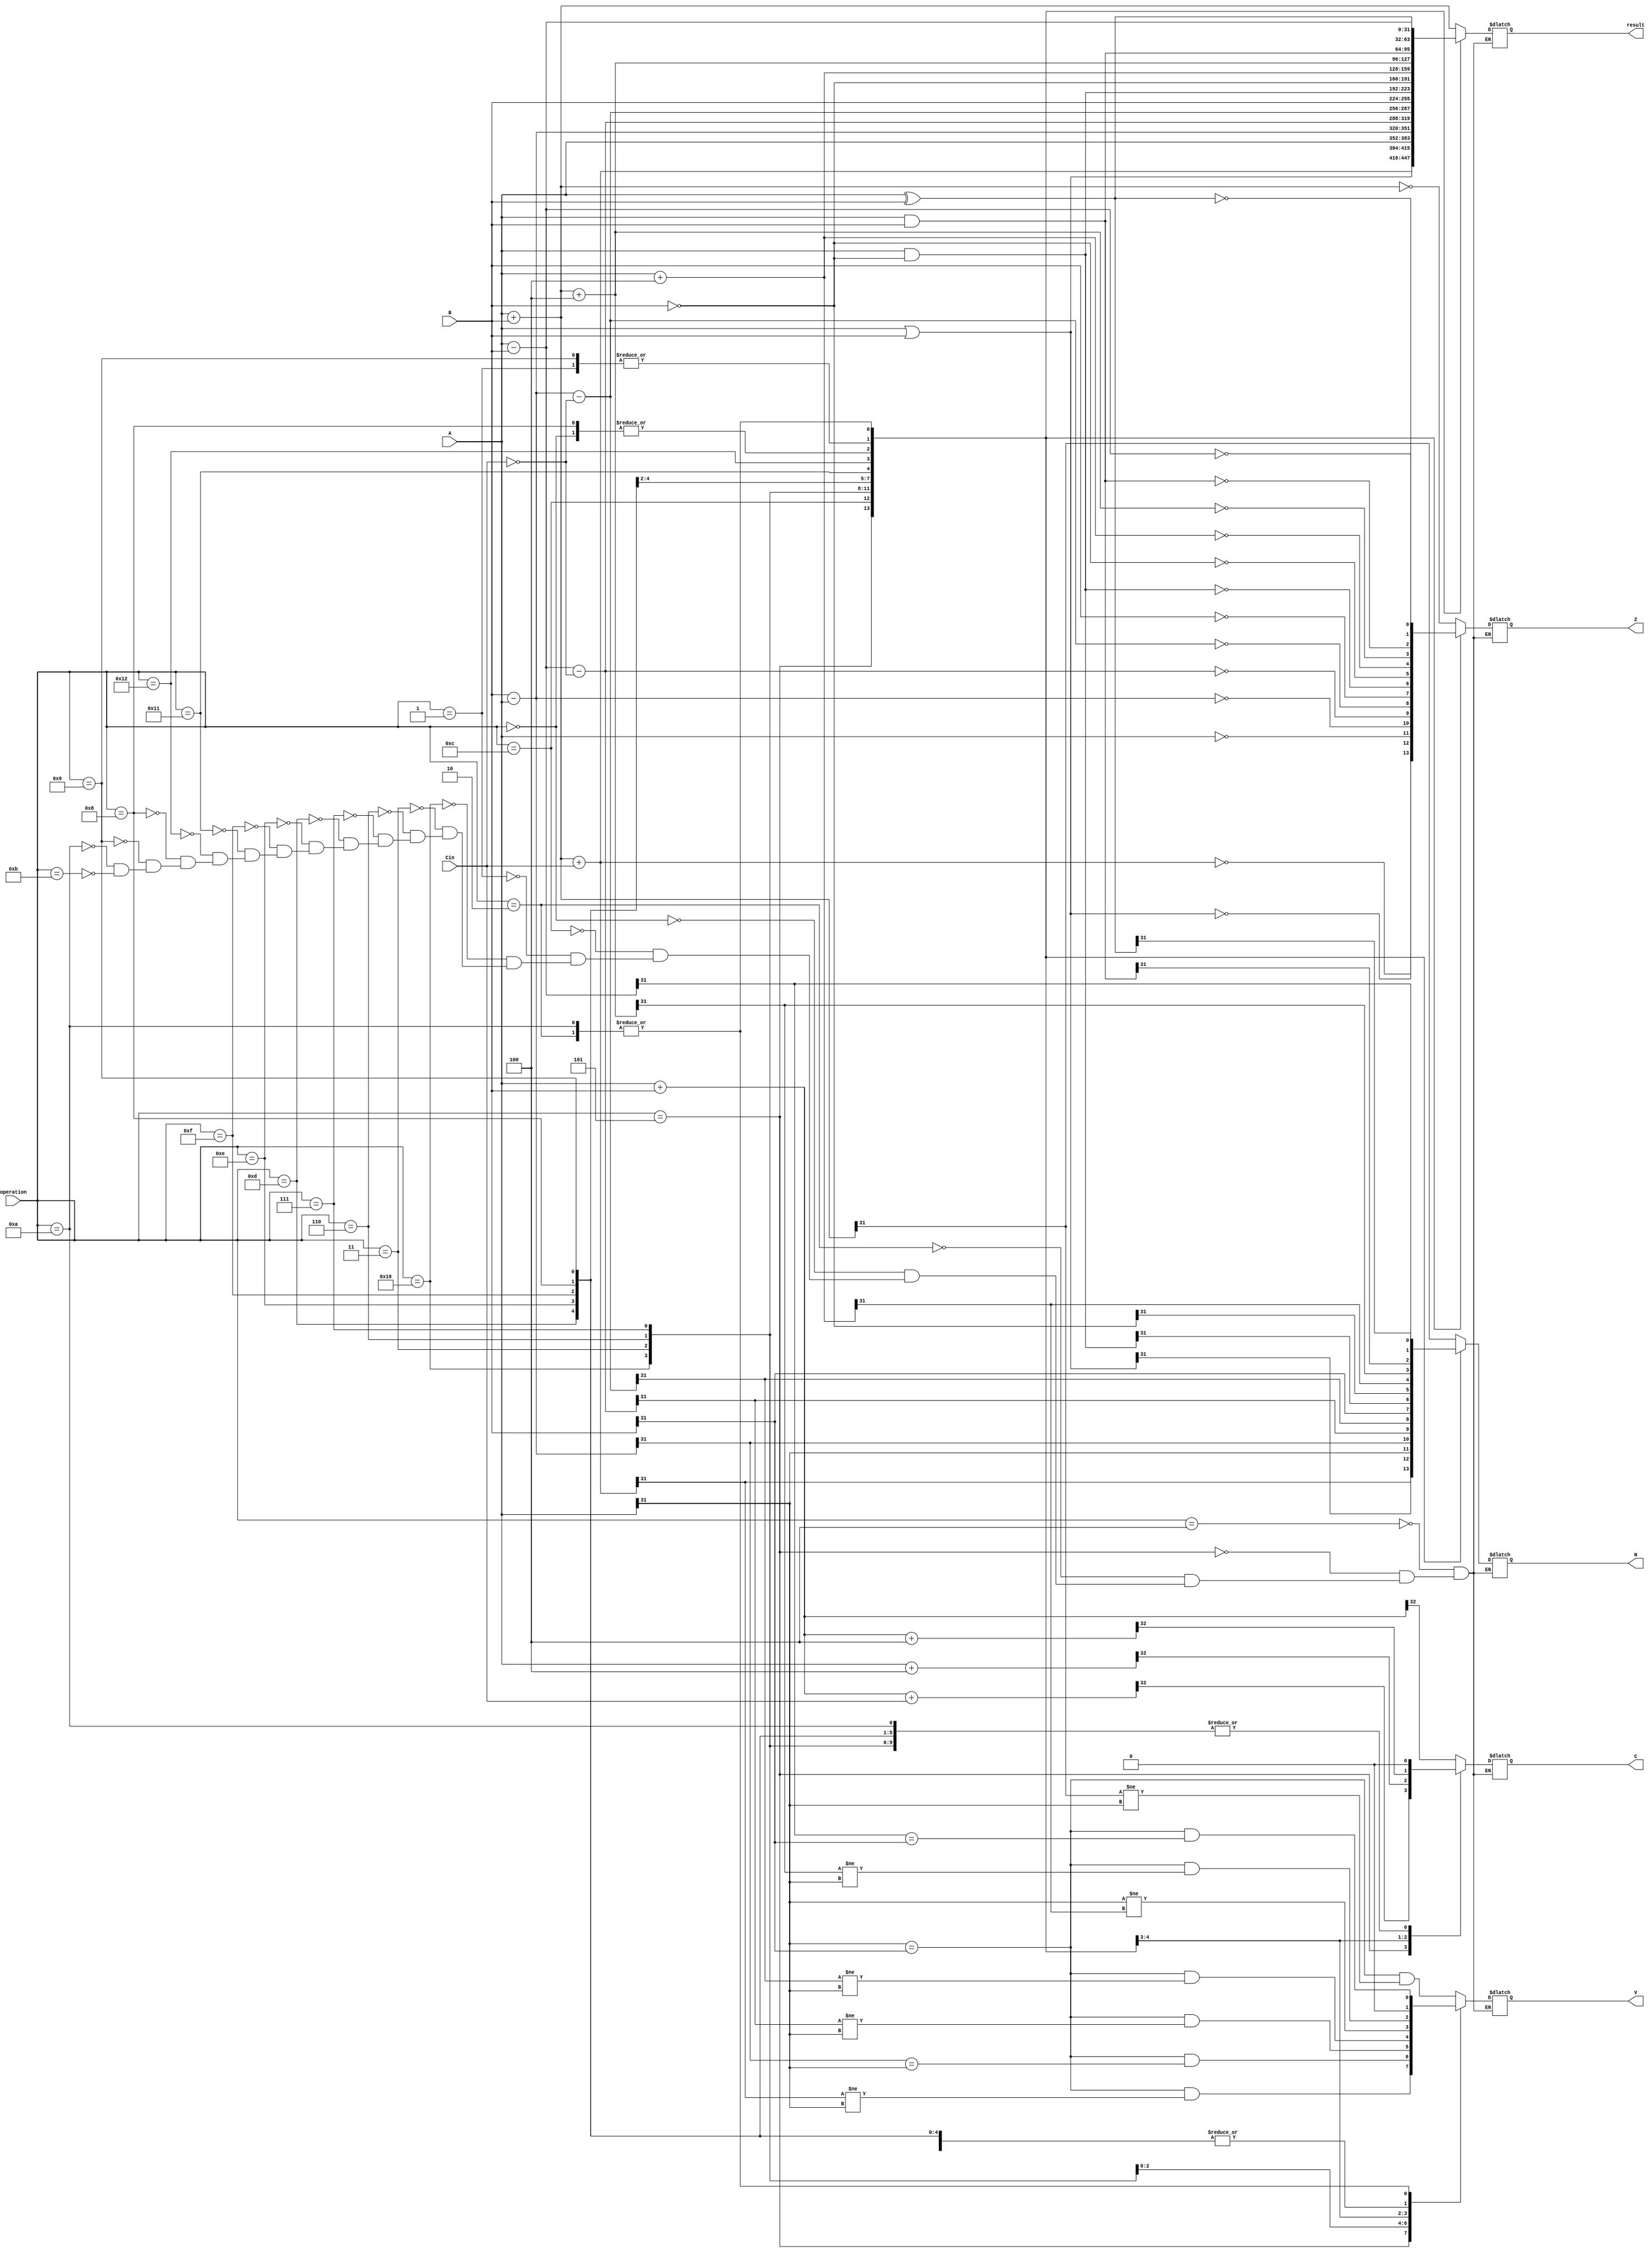
/* 	
	ICOM4215 S20 PROJECT
	ALU Implementation
	
	Group:
		Dionel Martnez, dionel.martinez@upr.edu (Author)
		Milton E. Pagn, milton.pagan1@upr.edu
*/

module alu(	input [31:0] A,B,				// 32-bit Inputs
			input Cin,						// Carry-In
			input [4:0] operation,			// 16 distinc operations
			output reg [31:0] result,		// 32-bit Output
			output reg C,N,V,Z);			// Condition Codes

	// Initialization
	reg [32:0] temp;
	initial begin C=1'b0; N=1'b0; V=1'b0; Z=1'b0; end

	/* 
	The distinct operations are specified below.
	Operations that involve only one operand, A is selected default.
	*/
	parameter [4:0] 
					AND 		= 5'b00000,		
					XOR 		= 5'b00001,		
					SUB 		= 5'b00010,		
					ISUB 		= 5'b00011,		
					ADD 		= 5'b00100,				
					ADDC 		= 5'b00101,		
					SUBNC 		= 5'b00110,	
					ISUBNC 		= 5'b00111,
					TST			= 5'b01000,
					TEQ			= 5'b01001,
					CMP			= 5'b01010,
					CMN			= 5'b01011,
					ORR			= 5'b01100,
					PASS_B 		= 5'b01101,
					BIC			= 5'b01110,
					NOTB 		= 5'b01111,	
					PASS_A 		= 5'b10000,			
					AP4 		= 5'b10001,			
					MSUM4 		= 5'b10010;			
				
	always @ (A,B,Cin,operation)
	begin
		case(operation)
			ADD:
			begin
				result = A + B;
				temp = {1'b0, A} + {1'b0, B};
				C = temp[32];
				V = A[31] == B[31] && result[31] != A[31];
				Z = result == 32'b0;
				N = result[31] == 1'b1;
			end
		
			ADDC:
			begin
				result = A + B + {31'b0,Cin};
				temp = {1'b0, A} + {1'b0, B} + {32'b0, Cin};
				C = temp[32];
				V = A[31] == B[31] && result[31] != A[31];
				Z = result == 32'b0;
				N = result[31] == 1'b1;
			end
			
			SUB:
			begin
				result = A - B;
				temp = {1'b0, A} - {1'b0, B};
				V = A[31] == B[31] && result[31] == B[31];
				Z = result == 32'b0;
				N = result[31] == 1'b1;
				C = 1'b0;
			end
			
			AND:
			begin
				result = A & B;
				Z = result == 32'b0;
				N = result[31] == 1'b1;
				C = 1'b0;
				V = 1'b0;
			end
			
			ORR:
			begin
				result = A | B;
				Z = result == 32'b0;
				N = result[31] == 1'b1;
				C = 1'b0;
				V = 1'b0;
			end
			
			XOR:
			begin
				result = A ^ B;
				Z = result == 32'b0;
				N = result[31] == 1'b1;
				C = 1'b0;
				V = 1'b0;
			end

			PASS_A:
			begin
				result = A;
				Z = result == 32'b0;
				N = result[31] == 1'b1;
				C = 1'b0;
				V = 1'b0;
			end
			
			ISUB:
			begin
				result = B - A;
				temp = {1'b0, B} - {1'b0, A};
				V = A[31] == B[31] && result[31] == A[31];
				Z = result == 32'b0;
				N = result[31] == 1'b1;
				C = 1'b0;
			end

			SUBNC:
			begin
				result = A - B - ~{31'b0,Cin};
				temp = {1'b0, A} - {1'b0, B} - ~{32'b0, Cin};
				C = 1'b0;
				V = A[31] == B[31] && result[31] != A[31];
				Z = result == 32'b0;
				N = result[31] == 1'b1;
			end

			ISUBNC:
			begin
				result = B - A - ~{31'b0,Cin};
				temp = {1'b0, B} - {1'b0, A} - ~{32'b0, Cin};
				C = 1'b0;
				V = A[31] == B[31] && result[31] != A[31];
				Z = result == 32'b0;
				N = result[31] == 1'b1;
			end
			PASS_B:
			begin
				result = B;
				Z = result == 32'b0;
				N = result[31] == 1'b1;
				C = 1'b0;
				V = 1'b0;
			end

			BIC:
			begin
				result = A & ~B;
				Z = result == 32'b0;
				N = result[31] == 1'b1;
				C = 1'b0;
				V = 1'b0;
			end

			NOTB:
			begin
				result = ~B;
				Z = result == 32'b0;
				N = result[31] == 1'b1;
				C = 1'b0;
				V = 1'b0;
			end

			AP4:
			begin
				result = A + 32'b100;
				temp = {1'b0, A} + 33'b100;
				C = temp[32];
				V = A[31] != result[31];
				Z = result == 32'b0;
				N = result[31] == 1'b1;
			end

			MSUM4:
			begin
				result = A + B + 32'b100;
				temp = {1'b0, A} + {1'b0, B} + 33'b100;
				C = temp[32];
				V = A[31] == B[31] && result[31] != A[31];
				Z = result == 32'b0;
				N = result[31] == 1'b1;
			end
			
			TST:
			begin
				result = A & B;
				Z = result == 32'b0;
				N = result[31] == 1'b1;
				C = 1'b0;
				V = 1'b0;
			end

			TEQ:
			begin
				result = A ^ B;
				Z = result == 32'b0;
				N = result[31] == 1'b1;
				C = 1'b0;
				V = 1'b0;
			end

			CMP:
			begin
				result = A - B;
				temp = {1'b0, A} - {1'b0, B};
				V = A[31] == B[31] && result[31] == B[31];
				Z = result == 32'b0;
				N = result[31] == 1'b1;
				C = 1'b0;	
			end

			CMN:
			begin
				result = A + B;
				temp = {1'b0, A} + {1'b0, B};
				C = temp[32];
				V = A[31] == B[31] && result[31] != A[31];
				Z = result == 32'b0;
				N = result[31] == 1'b1;
			end
			
		endcase		
	end
	
endmodule